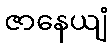
ဇာနေယျံ